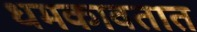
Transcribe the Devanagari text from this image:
धमकावतात